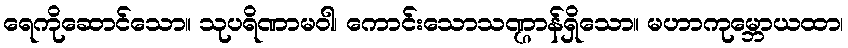
ရေကိုဆောင်သော။ သုပရိဏာမဝါ၊ ကောင်းသောသဏ္ဌာန်ရှိသော။ မဟာကုမ္ဘောယထာ၊